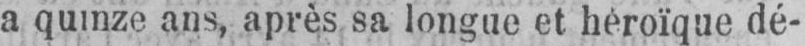
a quinze ans, après sa longue et héroïque dé-